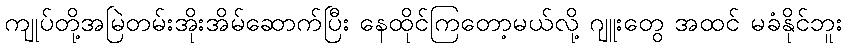
ကျုပ်တို့အမြဲတမ်းအိုးအိမ်ဆောက်ပြီး နေထိုင်ကြတော့မယ်လို့ ဂျူးတွေ အထင် မခံနိုင်ဘူး